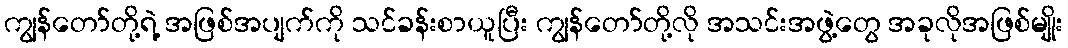
ကျွန်တော်တို့ရဲ့ အဖြစ်အပျက်ကို သင်ခန်းစာယူပြီး ကျွန်တော်တို့လို အသင်းအဖွဲ့တွေ အခုလိုအဖြစ်မျိုး